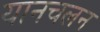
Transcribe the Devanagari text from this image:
यानचलन